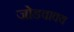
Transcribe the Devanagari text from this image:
जोडवाक्य